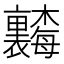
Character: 𬅗